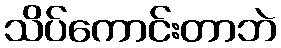
သိပ်ကောင်းတာဘဲ